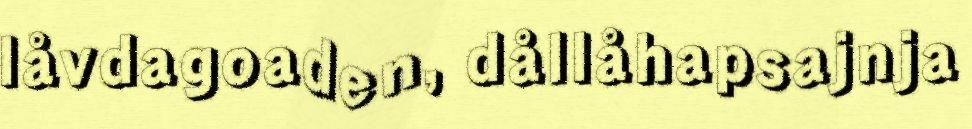
låvdagoaden, dållåhapsajnja